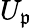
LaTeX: U_{\mathfrak{p}}